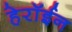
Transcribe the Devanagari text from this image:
हेरॉईन